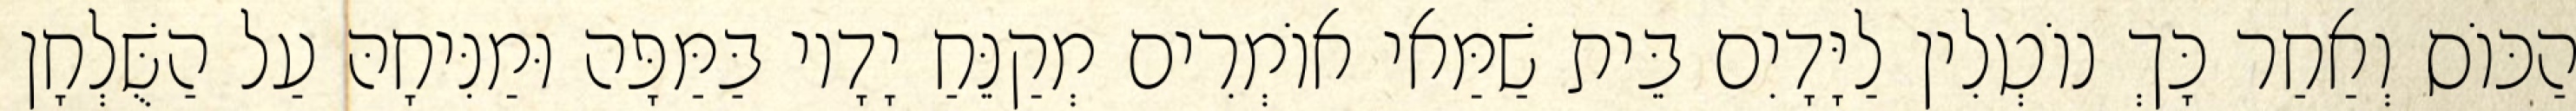
הַכּוֹס וְאַחַר כָּךְ נוֹטְלִין לַיָּדָיִם בֵּית שַׁמַּאי אוֹמְרִים מְקַנֵּחַ יָדָיו בַּמַּפָּה וּמַנִּיחָהּ עַל הַשֻּׁלְחָן